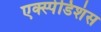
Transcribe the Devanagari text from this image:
एक्स्पेडिशंस